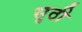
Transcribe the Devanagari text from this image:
सुठी